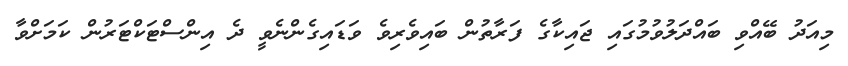
މިއަދު ބޭއްވި ބައްދަލުވުމުގައި ޖައިކާގެ ފަރާތުން ބައިވެރިވެ ވަޑައިގެންނެވީ ދެ އިންސްޓަކްޓަރުން ކަމަށްވާ